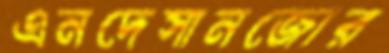
এনদেসানজোর